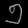
Digit: ၅